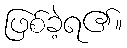
ဖြစ်ခဲ့ရ၏။